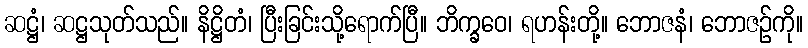
ဆဋ္ဌံ၊ ဆဋ္ဌသုတ်သည်။ နိဋ္ဌိတံ၊ ပြီးခြင်းသို့ရောက်ပြီ။ ဘိက္ခဝေ၊ ရဟန်းတို့။ ဘောဇနံ၊ ဘောဇဉ်ကို။